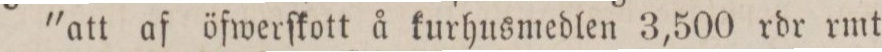
"att af öfwerſkott å kurhusmedlen 3,500 rdr rmt